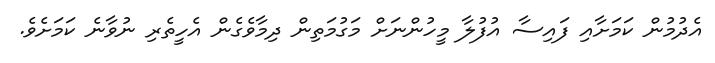
އެދުމުން ކަމަށާއި ފައިސާ އުފުލާ މީހުންނަށް މަގުމަތިން ދިމާވެގެން އެހީތެރި ނުވާނެ ކަމަށެވެ.